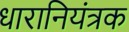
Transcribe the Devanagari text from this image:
धारानियंत्रक